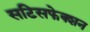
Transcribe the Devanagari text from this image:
सटिसफेक्शन